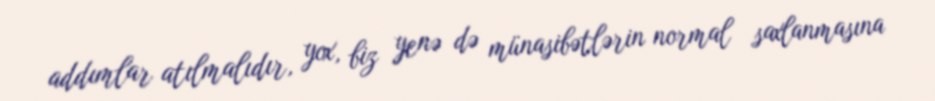
addımlar atılmalıdır, yox, biz yenə də münasibətlərin normal saxlanmasına